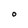
Character: O